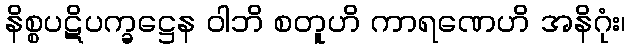
နိစ္စပဋိပက္ခဋ္ဌေန ဝါဘိ စတူဟိ ကာရဏေဟိ အနိဂုံး၊